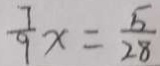
\frac { 7 } { 9 } x = \frac { 5 } { 2 8 }